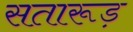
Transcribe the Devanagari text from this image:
सतारूड़